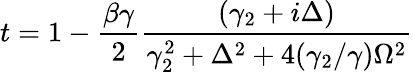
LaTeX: t=1-\frac{\beta\gamma}{2}\frac{(\gamma_{2}+i\Delta)}{\gamma_{2}^{2}+\Delta^{2}+4(\gamma_{2}/\gamma)\Omega^{2}}